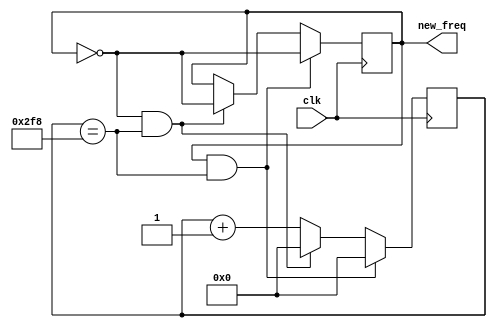
module IrDA_clk(
	clk,
	new_freq
);

input clk;
output new_freq;

reg [9:0] count;
reg new_freq;


always @(posedge clk )
begin
	if (new_freq && count == 10'd760)
		begin
			count <= 10'd0;
			new_freq <= !new_freq;
		end
		
	else if(!new_freq && count == 10'd760) 
		begin
			count <= 10'd0;
			new_freq <= !new_freq;
		end
	else
		begin
			count <= count + 1;
		end
end




endmodule